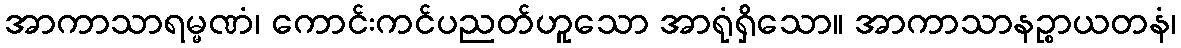
အာကာသာရမ္မဏံ၊ ကောင်းကင်ပညတ်ဟူသော အာရုံရှိသော။ အာကာသာနဉ္စာယတနံ၊